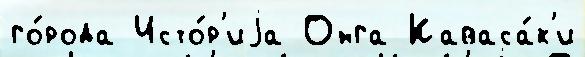
го́рода Исто́р'иjа Онга Каваса́к'и